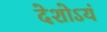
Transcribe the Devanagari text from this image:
देशोऽयं